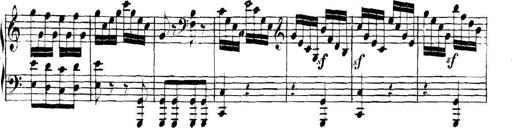
Title: Collected Piano Sonatas
Composer: Muzio Clementi